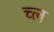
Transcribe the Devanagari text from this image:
च्ल